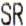
SR